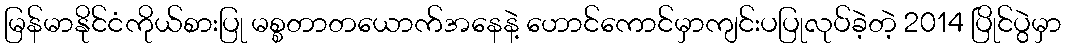
မြန်မာနိုင်ငံကိုယ်စားပြု မစ္စတာတယောက်အနေနဲ့ ဟောင်ကောင်မှာကျင်းပပြုလုပ်ခဲ့တဲ့ 2014 ပြိုင်ပွဲမှာ